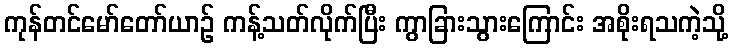
ကုန်တင်မော်တော်ယာဉ် ကန့်သတ်လိုက်ပြီး ကွာခြားသွားကြောင်း အစိုးရသကဲ့သို့